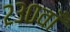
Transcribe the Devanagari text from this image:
२३०वाँ